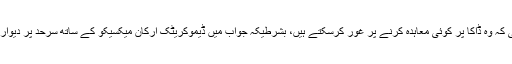
صدر ٹرمپ نے ڈیموکریٹ ارکان کانگریس کو یہ پیشکش کی تھی کہ وہ ڈاکا پر کوئی معاہدہ کرنے پر غور کرسکتے ہیں، بشرطیکہ جواب میں ڈیموکریٹک ارکان میکسیکو کے ساتھ سرحد پر دیوار تعمیر کرنے کے لیے فنڈز منظور کرنے میں پبلکنز کا ساتھ دیں۔